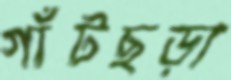
গাঁটছড়া